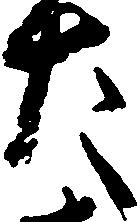
た